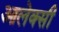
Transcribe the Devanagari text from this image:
आलेक्सी